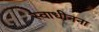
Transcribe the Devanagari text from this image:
स्वाधीनना